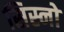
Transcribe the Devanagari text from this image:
सिस्नो